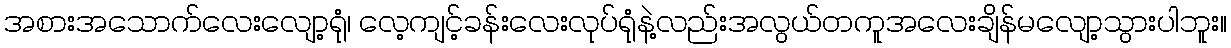
အစားအသောက်လေးလျော့ရုံ၊ လေ့ကျင့်ခန်းလေးလုပ်ရုံနဲ့လည်းအလွယ်တကူအလေးချိန်မလျော့သွားပါဘူး။